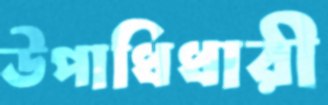
উপাধিধারী